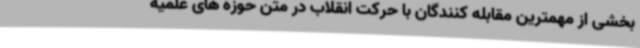
بخشی از مهمترین مقابله کنندگان با حرکت انقلاب در متن حوزه های علمیه